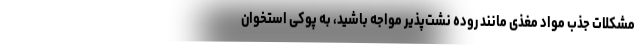
مشکلات جذب مواد مغذی مانند روده نشت‌پذیر مواجه باشید، به پوکی استخوان